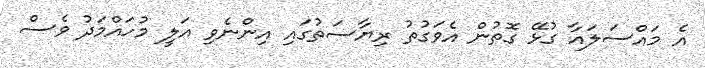
އެ މައްސަލައާ ގުޅޭ ގޮތުން އެވަގުތު ރިޔާސަތުގައި އިންނެވި އަލީ މުހައްމަދު ވެސް